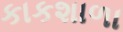
કાકશાળા